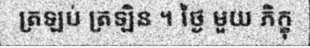
ត្រឡប់ ត្រឡិន ។ ថ្ងៃ មួយ ភិក្ខុ